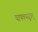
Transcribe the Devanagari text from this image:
चाणक्यसूत्रम्